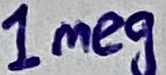
Text: 1meg